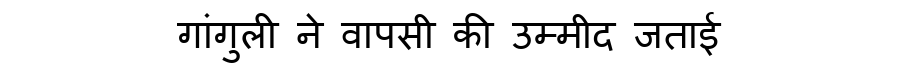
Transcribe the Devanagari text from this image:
गांगुली ने वापसी की उम्मीद जताई